On the morphology, teratology, and diclinism of the flowers of cannabis - Number 12
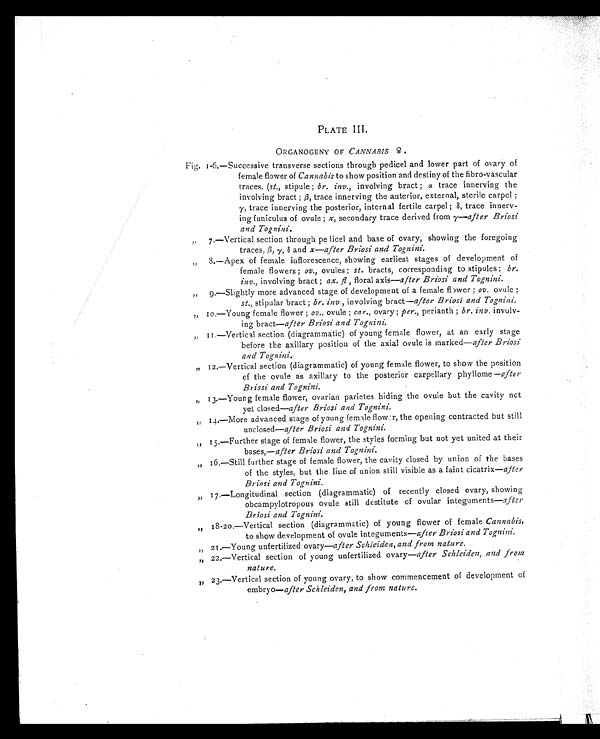
PLATE III.
ORGANOGENY OF CANNABIS ♀.
Fig. 1-6.—Successive transverse sections through pedicel and lower part of ovary of
female flower of Cannabis to show position and destiny of the fibro-vascular
traces. (st., stipule ; br. inv., involving bract ; α trace innerving the
involving bract ; β, trace innerving the anterior, external, sterile carpel ;
γ, trace innerving the posterior, internal fertile carpel ; δ, trace innerv-
ing funiculus of ovule ; х , secondary trace derived from γ—after Briosi
and Tognini.
„ 7.—Vertical section through pe licel and base of ovary, showing the foregoing
traces, β, γ, δ and х —after Briosi and Tognini.
„ 8.—Apex of female inflorescence, showing earliest stages of development of
female flowers ; ov., ovules ; st. bracts, corresponding to stipules ; br.
inv., involving bract ; αх . fl., floral axis—after Briosi and Tognini.
„
9.—Slightly more advanced stage of development of a female flower ; ov. ovule ;
st., stipular bract ; br. inv., involving bract— after Briosi and Tognini.
„ 10.—Young female flower ; ov., ovule ; car., ovary ; per., perianth ; br. inv. involv-
ing bract— after Briosi and Tognini.
„ 11.—Vertical section (diagrammatic) of young female flower, at an early stage
before the axillary position of the axial ovule is marked— after Briosi
and Tognini.
„ 12.—Vertical section (diagrammatic) of young female flower, to show the position
of the ovule as axillary to the posterior carpellary phyllome — after
Briosi and Tognini.
„ 13.—Young female flower, ovarian parietes hiding the ovule but the cavity net
yet closed—after Briosi and Tognini.
„ 14.—More advanced stage of young female flower, the opening contracted but still
unclosed— after Briosi and Tognini.
„ 15.—Further stage of female flower, the styles forming but not yet united at their
bases,— after Briosi and Tognini.
„ 16.—Still further stage of female flower, the cavity closed by union of the bases
of the styles, but the line of union still visible as a faint cicatrix— after
Briosi and Tognini.
„ 17.—Longitudinal section (diagrammatic) of recently closed ovary, showing
obcampylotropous ovule still destitute of ovular integuments— after
Briosi and Tognini.
„ 18-20.—Vertical section (diagrammatic) of young flower of female Cannabis,
to show development of ovule integuments—after Briosi and Tognini.
„ 21.—Young unfertilized ovary— after Schleiden, and from nature.
„ 22.—Vertical section of young unfertilized ovary— after Schleiden, and from
nature.
„ 23.—Vertical section of young ovary, to show commencement of development of
embryo— after Schleiden, and from nature.